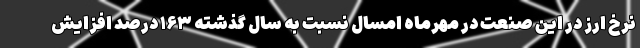
نرخ ارز در این صنعت در مهرماه امسال نسبت به سال گذشته ۱۶۳ درصد افزایش